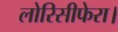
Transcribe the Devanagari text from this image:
लोरिसीफेरा।